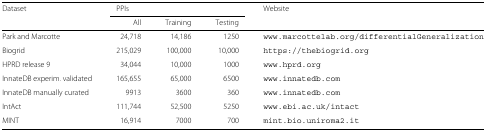
<table><thead><tr><td><b>Dataset</b></td><td colspan="3"><b>PPIs</b></td><td><b>Website</b></td></tr><tr><td></td><td><b>All</b></td><td><b>Training</b></td><td><b>Testing</b></td><td></td></tr></thead><tbody><tr><td>Park and Marcotte</td><td>24,718</td><td>14,186</td><td>1250</td><td>www.marcottelab.org/differentialGeneralization</td></tr><tr><td>Biogrid</td><td>215,029</td><td>100,000</td><td>10,000</td><td>https://thebiogrid.org</td></tr><tr><td>HPRD release 9</td><td>34,044</td><td>10,000</td><td>1000</td><td>www.hprd.org</td></tr><tr><td>InnateDB experim. validated</td><td>165,655</td><td>65,000</td><td>6500</td><td>www.innatedb.com</td></tr><tr><td>InnateDB manually curated</td><td>9913</td><td>3600</td><td>360</td><td>www.innatedb.com</td></tr><tr><td>IntAct</td><td>111,744</td><td>52,500</td><td>5250</td><td>www.ebi.ac.uk/intact</td></tr><tr><td>MINT</td><td>16,914</td><td>7000</td><td>700</td><td>mint.bio.uniroma2.it</td></tr></tbody></table>